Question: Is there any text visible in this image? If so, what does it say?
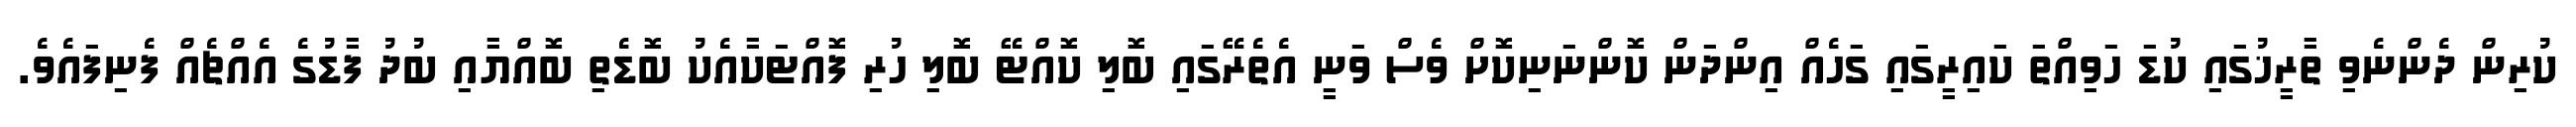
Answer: ކުރިން ދެންނެވި ތާރީޚުގައި ކުޑަ ހަވިއްތަ ކައިރީގައި ގަހެއް އިންދަން ކޮންނަނިކޮށް ވެސް ވަނީ އެތެރޭގައި ބޮލި ކޮއްޓޭ ބޮލި ހުރި ފޮއްޓަކާއެކު ބޮޑެތި ބޮއްޔާއި ބުދު ފާޑުގެ އެއްޗެއް ފެނިފައެވެ.